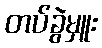
တပ်ခွဲမှူး